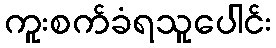
ကူးစက်ခံရသူပေါင်း